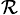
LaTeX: _\mathcal{R}